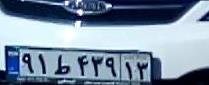
۹۱ط۴۳۹۱۳